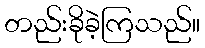
တည်းခိုခဲ့ကြသည်။